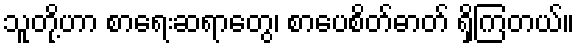
သူတို့ဟာ စာရေးဆရာတွေ၊ စာပေစိတ်ဓာတ် ရှိကြတယ်။